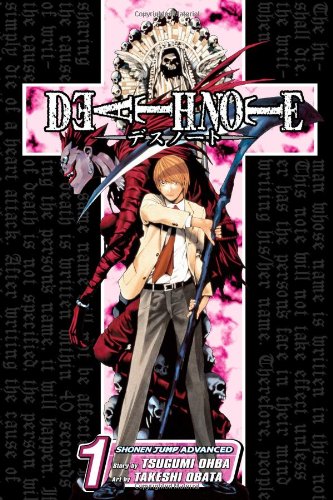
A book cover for Death Note, Vol. 1; Tsugumi Ohba; Comics & Graphic Novels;